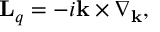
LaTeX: { \mathbf L } _ { q } = - i { \mathbf k } \times \nabla _ { \mathbf k } ,